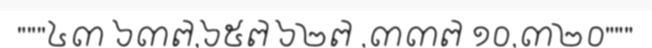
"""៤៣ ៦៣៧,៦៥៧ ៦២៧ ,៣៣៧ ១០,៣២០"""